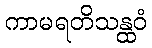
ကာမရတိသန္ထဝံ